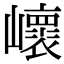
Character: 𡾝